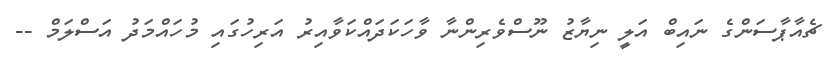
ޗެއާޕާސަންގެ ނައިބް އަލީ ނިޔާޒު ނޫސްވެރިންނާ ވާހަކަދައްކަވާއިރު އަރިހުގައި މުހައްމަދު އަސްލަމް --